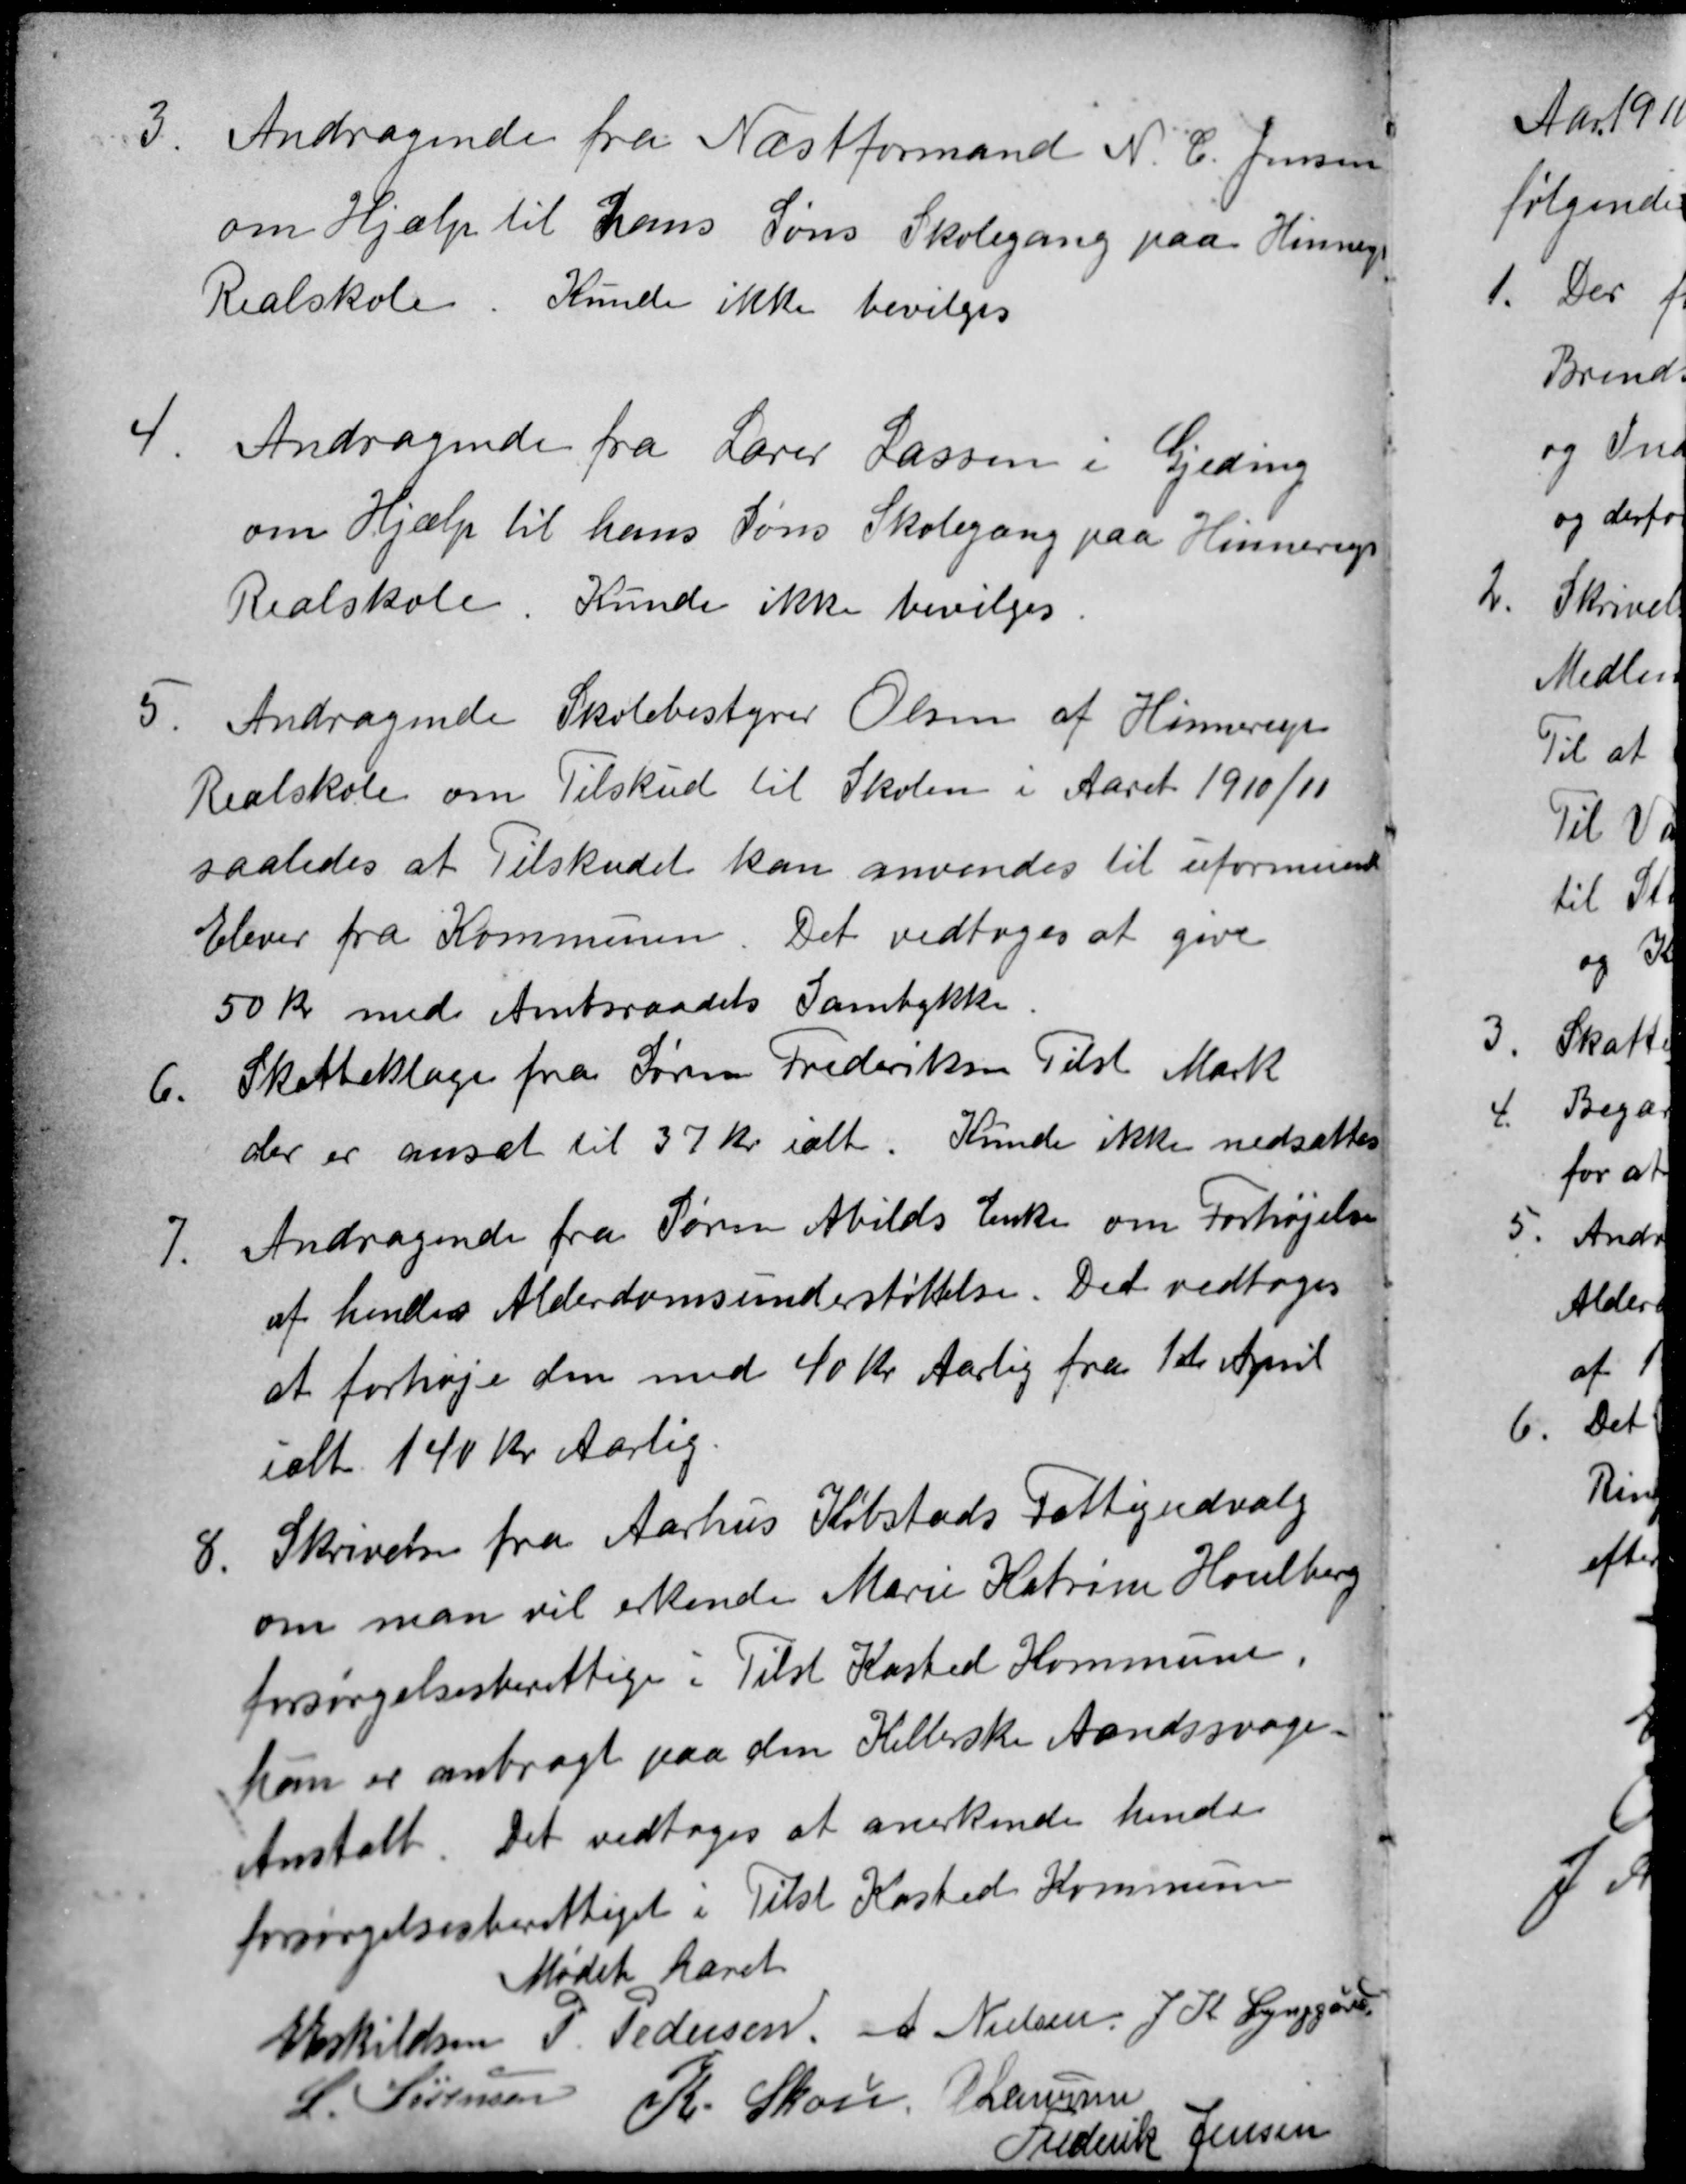
Transskription:
3
Andragende fra Næstformand N. C. Jensen
om Hjælp til hans Søns Skolegang paa Hinnerup
Realskole. Kunde ikke bevilges
4
Andragende fra Lærer Lassen i Gjeding
om Hjælp til hans Søns Skolegang paa Hinnerup
Realskole. Kunde ikke bevilges
5.
Andragende Skolebestyrer Olsen af Hinnerup
Realskole om Tilskud til Skolen i Aaret 1910/11
saaledes at Tilskudet kan anvendes til uformuende
Elever fra Kommunen. Det vedtoges at give
50 kr med Amtsraadets Samtykke.
6.
Skatteklage fra Sørens Frederiksen Tilst Mark
der er ansat til 37 Kr ialt. Kunde ikke nedsættes
7.
Andragende fra Søren Abilds Enke om Forhøjelse
af hendes Alderdomsunderstøttelse. Det vedtoges
at forhøje den med 40 Kr Aarlig fra 1ste April
ialt 140 Kr Aarlig.
8.
Skrivelse fra Aarhus Købstads Fattigudvalg
om man vil erkende Marie Katrine Houlberg
forsørgelsesberettige i Tilst Kasted Kommune.
hun er anbragt paa den Kellerske Aandssvage
Anstalt. Det vedtoges at anerkende hende
forsørgelsesberettiget i Tilst Kasted Kommun
Mødet hævet
E Eskildsen P. Pedersen A Nielsen J. K. Lynggård
L. Sørensen
K Skou A Laursen
Frederik Jensen